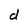
Character: d